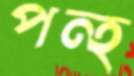
পন্হ